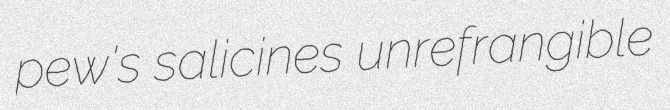
pew's salicines unrefrangible